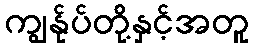
ကျွန်ုပ်တို့နှင့်အတူ